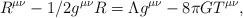
LaTeX: \begin{align*}R^{\mu \nu} - 1/2 g^{\mu \nu} R = \Lambda g^{\mu \nu} - 8 \pi G T^{\mu\nu},\end{align*}